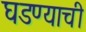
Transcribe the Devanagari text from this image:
घडण्याची